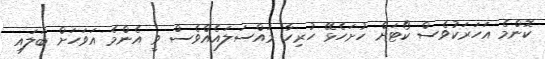
ކޮންމެ އަހަރަކުވެސް ކޯޓަށް ހުށަހެޅޭ ހުރިހާ މައްސަލައެއްވެސް ވީ އެންމެ އަވަހަށް ބަލައި